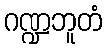
ဂဏ္ဍဘူတံ